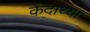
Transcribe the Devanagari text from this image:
केंदाच्या